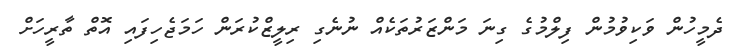
ދެމީހުން ވަކިވުމުން ފިލްމުގެ ގިނަ މަންޒަރުތަކެއް ނުނެގި ރިލީޒްކުރަން ހަމަޖެހިފައި އޮތް ތާރީހަށް